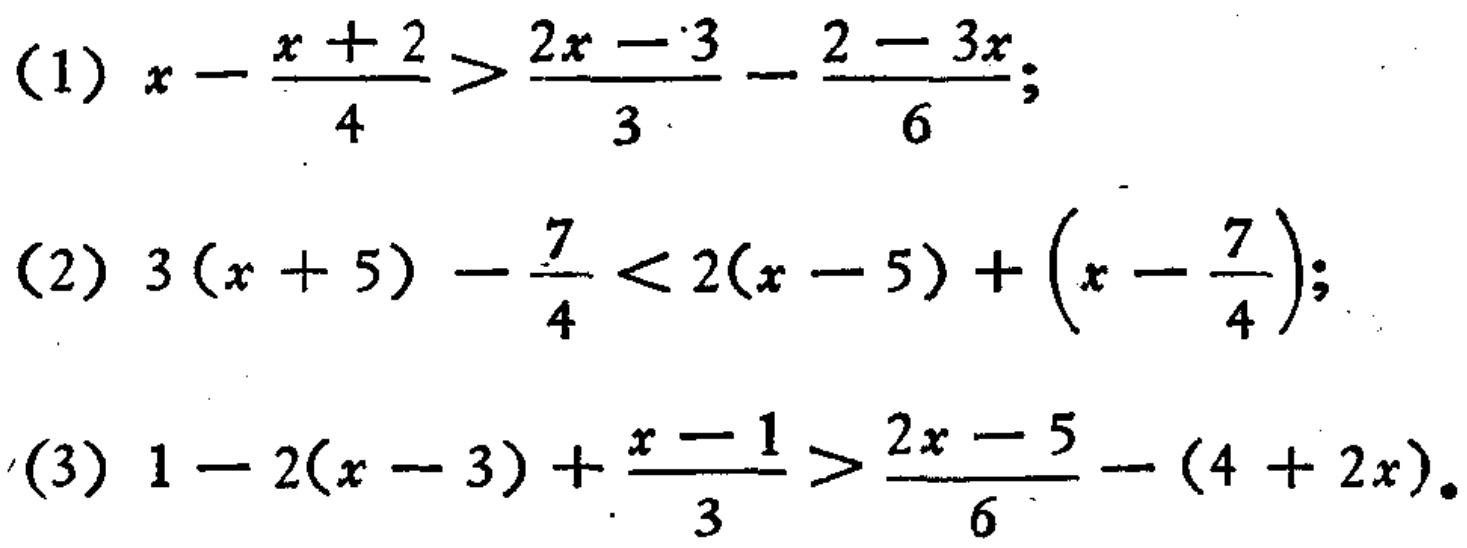
(1) \(x - \frac{x + 2}{4} > \frac{2x - 3}{3} - \frac{2 - 3x}{6}\);
(2) \(3(x + 5) - \frac{7}{4} < 2(x - 5) + (x - \frac{7}{4})\);
(3) \(1 - 2(x - 3) + \frac{x - 1}{3} > \frac{2x - 5}{6} - (4 + 2x)\).